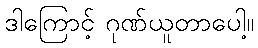
ဒါကြောင့် ဂုဏ်ယူတာပေါ့။